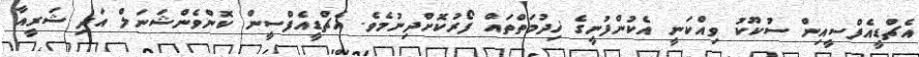
އެޗްޑީއެފްސީއިން ސުކޫކު ވިއްކަނީ އެކުންފުނީގެ ޚިދުމަތްތައް ފޯރުކޮށްދިނުމެވެ. އެޗްޑީއެފްސީން ކޮންވެންޝަނަލް އަދި ޝަރީއާ